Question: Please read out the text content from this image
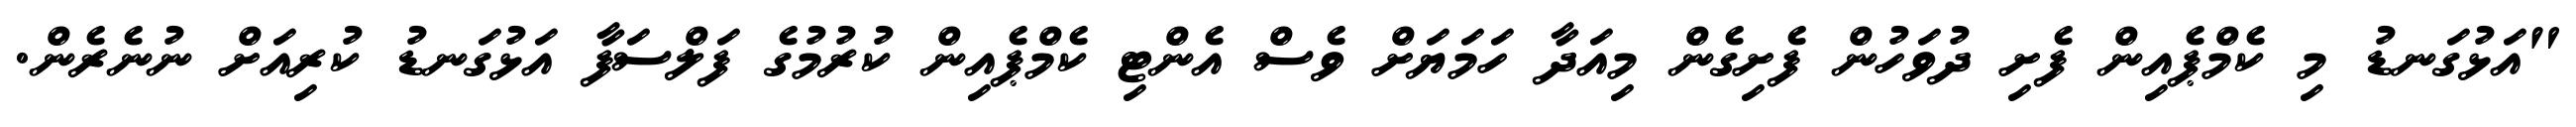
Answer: "އަޅުގަނޑު މި ކެމްޕެއިން ފެށި ދުވަހުން ފެށިގެން މިއަދާ ހަމަޔަށް ވެސް އެންޓި ކެމްޕެއިން ކުރުމުގެ ފަލްސަފާ އަޅުގަނޑު ކުރިއަށް ނުނެރެން.